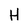
Character: H